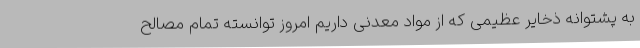
به پشتوانه ذخایر عظیمی که از مواد معدنی داریم امروز توانسته تمام مصالح